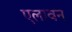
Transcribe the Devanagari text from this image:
एलावन